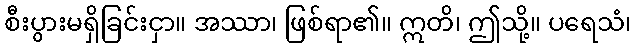
စီးပွားမရှိခြင်းငှာ။ အဿာ၊ ဖြစ်ရာ၏။ ဣတိ၊ ဤသို့။ ပရေသံ၊